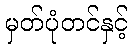
မှတ်ပုံတင်နှင့်